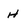
Character: H